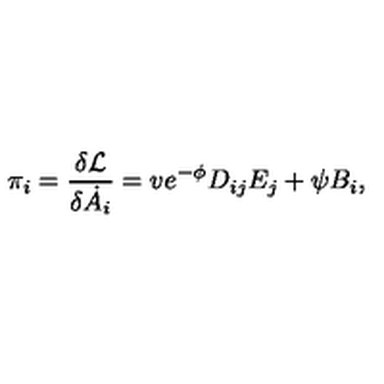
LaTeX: \pi _ { i } = \frac { \delta { \cal L } } { \delta \dot { A } _ { i } } = v e ^ { - \phi } D _ { i j } E _ { j } + \psi B _ { i } ,